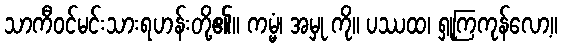
သာကီဝင်မင်းသားရဟန်းတို့၏။ ကမ္မံ၊ အမှု ကို။ ပဿထ၊ ရှုကြကုန်လော့။